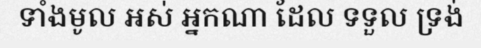
ទាំងមូល អស់ អ្នកណា ដែល ទទួល ទ្រង់